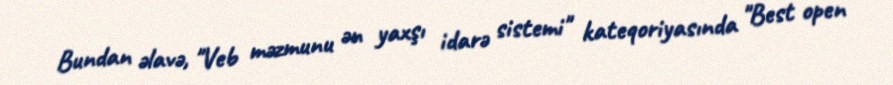
Bundan əlavə, "Veb məzmunu ən yaxşı idarə sistemi" kateqoriyasında "Best open